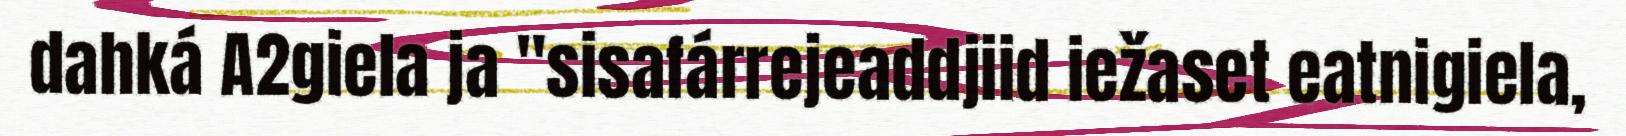
dahká A2giela ja "sisafárrejeaddjiid iežaset eatnigiela,